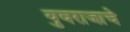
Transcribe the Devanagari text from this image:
युवराजाचे